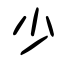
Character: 少